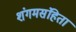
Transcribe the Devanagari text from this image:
शंगमसंहिता